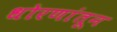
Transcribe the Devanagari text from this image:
धोरणांतून